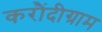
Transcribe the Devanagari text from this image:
करौंदीग्राम